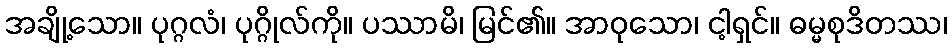
အချို့သော။ ပုဂ္ဂလံ၊ ပုဂ္ဂိုလ်ကို။ ပဿာမိ၊ မြင်၏။ အာဝုသော၊ ငါ့ရှင်။ ဓမ္မစုဒိတဿ၊